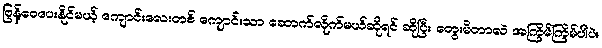
ဖြန့်ဝေပေးနိုင်မယ့် ကျောင်းလေးတစ် ကျောင်းသာ ဆောက်လိုက်မယ်ဆိုရင် ဆိုပြီး တွေးမိတာလဲ အကြိမ်ကြိမ်ပါပဲ။